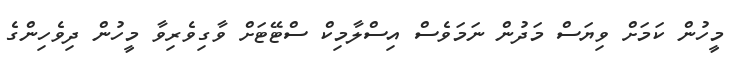
މީހުން ކަމަށް ވިޔަސް މަދުން ނަމަވެސް އިސްލާމިކް ސްޓޭޓަށް ވާގިވެރިވާ މީހުން ދިވެހިންގެ